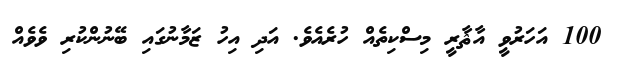
100 އަހަރުވީ އާޘާރީ މިސްކިތެއް ހުރެއެވެ. އަދި އިހު ޒަމާނުގައި ބޭނުންކުރި ވެވެއް